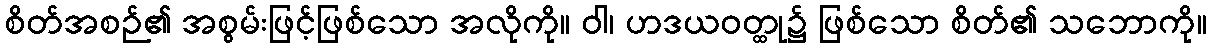
စိတ်အစဉ်၏ အစွမ်းဖြင့်ဖြစ်သော အလိုကို။ ဝါ၊ ဟဒယဝတ္ထု၌ ဖြစ်သော စိတ်၏ သဘောကို။